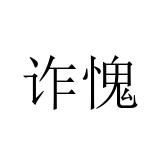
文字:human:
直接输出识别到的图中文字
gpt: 诈愧